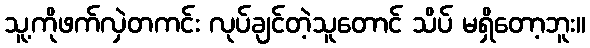
သူ့ကိုဖက်လှဲတကင်း လုပ်ချင်တဲ့သူတောင် သိပ် မရှိတော့ဘူး။